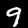
Label: 9